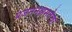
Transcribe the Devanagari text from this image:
प्रजननक्षमतेचा